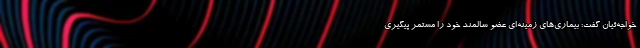
خواجه‌ئیان گفت: بیماری‌های زمینه‌ای عضو سالمند خود را مستمر پیگیری